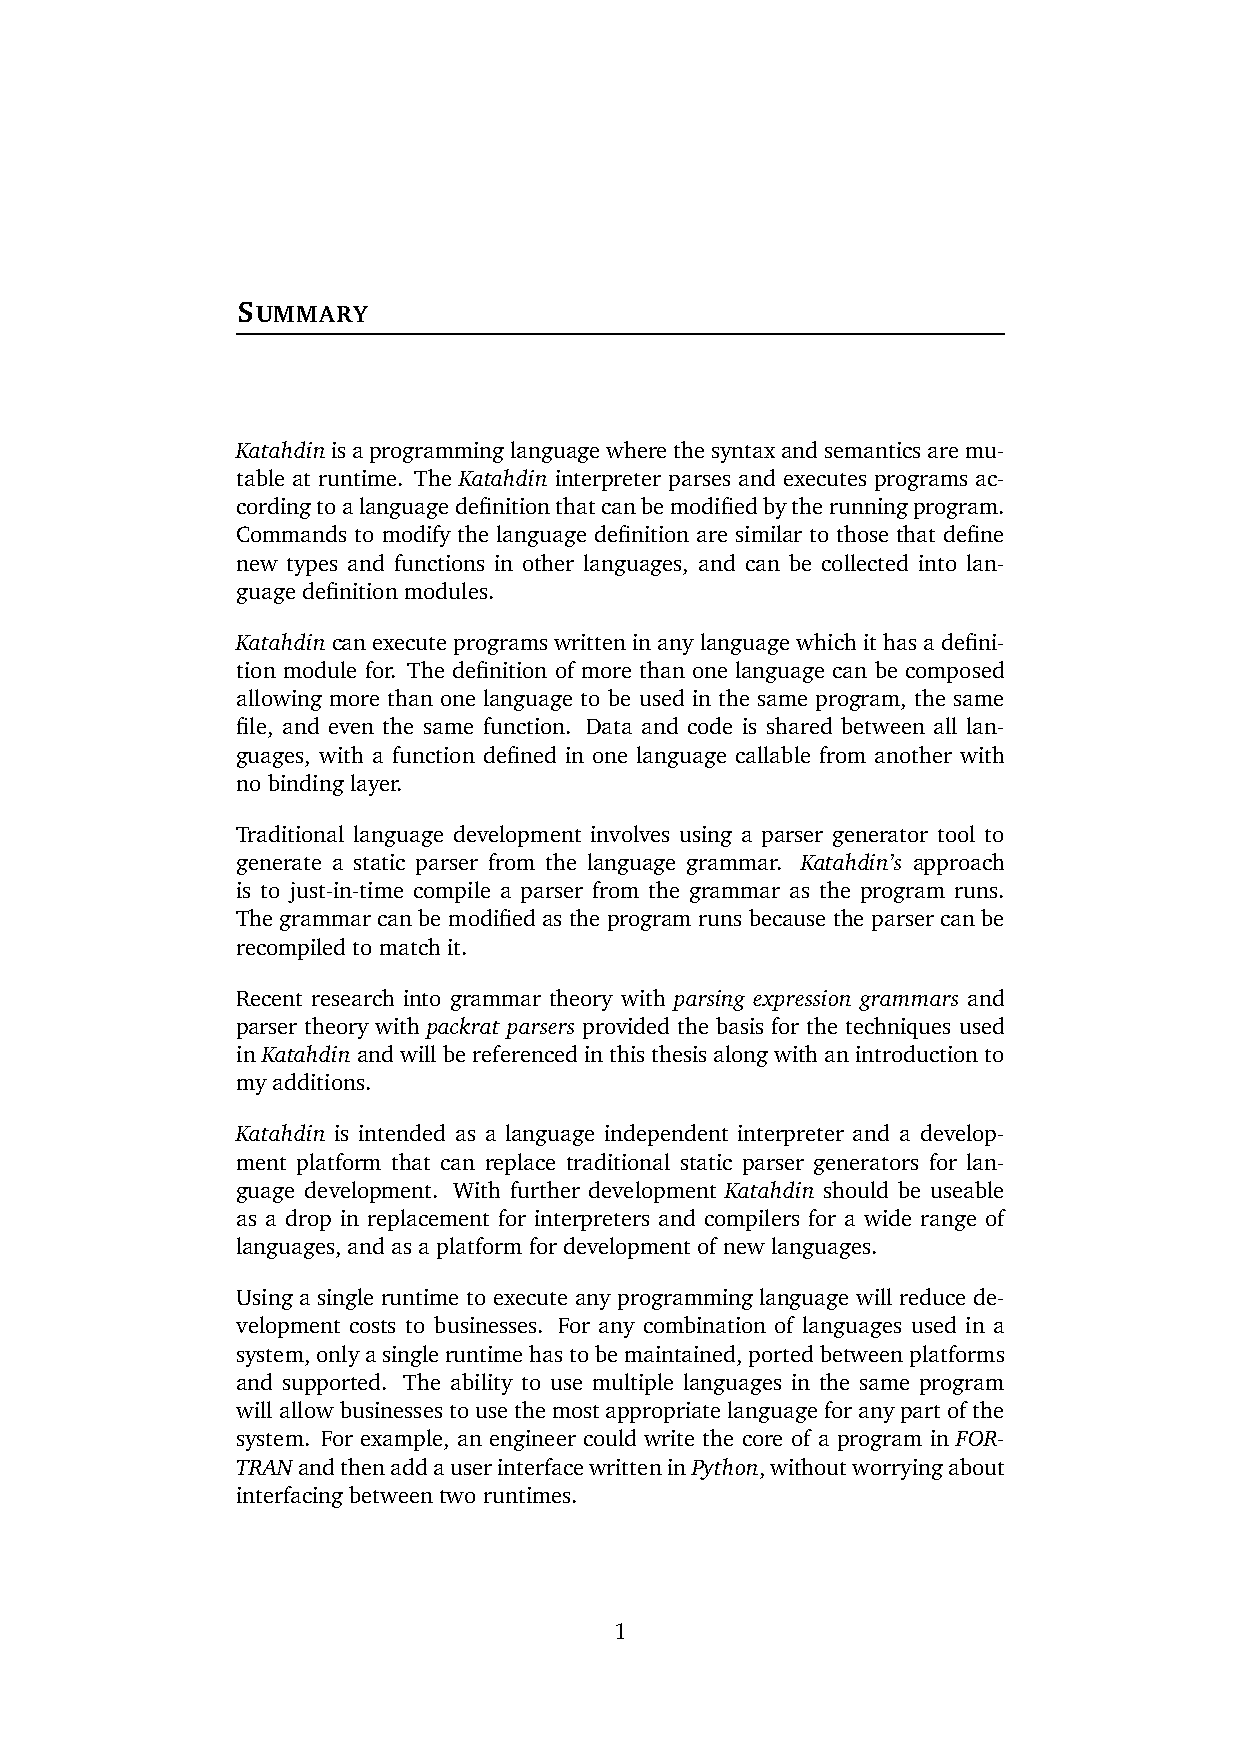
SUMMARY
 Katahdinisaprogramminglanguagewherethesyntaxandsemanticsaremu-
 table at runtime. The Katahdin interpreter parses and executes programs ac-
 cordingtoalanguagedefinitionthatcanbemodifiedbytherunningprogram.
 Commands to modify the language definition are similar to those that define
 new types and functions in other languages, and can be collected into lan-
 guage definition modules.
 Katahdin can execute programs written in any language which it has a defini-
 tion module for. The definition of more than one language can be composed
 allowing more than one language to be used in the same program, the same
 file, and even the same function. Data and code is shared between all lan-
 guages, with a function defined in one language callable from another with
 no binding layer.
 Traditional language development involves using a parser generator tool to
 generate a static parser from the language grammar. Katahdin’s approach
 is to just-in-time compile a parser from the grammar as the program runs.
 The grammar can be modified as the program runs because the parser can be
 recompiled to match it.
 Recent research into grammar theory with parsing expression grammars and
 parser theory with packrat parsers provided the basis for the techniques used
 inKatahdinandwillbereferencedinthisthesisalongwithanintroductionto
 my additions.
 Katahdin is intended as a language independent interpreter and a develop-
 ment platform that can replace traditional static parser generators for lan-
 guage development. With further development Katahdin should be useable
 as a drop in replacement for interpreters and compilers for a wide range of
 languages, and as a platform for development of new languages.
 Using a single runtime to execute any programming language will reduce de-
 velopment costs to businesses. For any combination of languages used in a
 system,onlyasingleruntimehastobemaintained,portedbetweenplatforms
 and supported. The ability to use multiple languages in the same program
 willallowbusinessestousethemostappropriatelanguageforanypartofthe
 system. For example, an engineer could write the core of a program in FOR-
 TRANandthenaddauserinterfacewritteninPython,withoutworryingabout
 interfacing between two runtimes.
 1